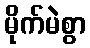
မိုက်မဲစွာ